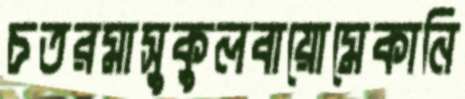
চতরমাসুকুলবায়োমেকানি